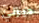
ديزني